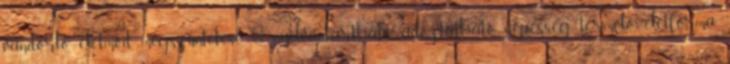
vándorló életmód megszüntetése  nyilvántartható, adóztatható népesség, termelő életforma